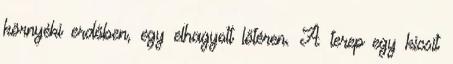
környéki erdőben, egy elhagyott lőtéren. A terep egy kicsit